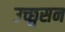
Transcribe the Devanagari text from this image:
उच्छ्वसन